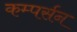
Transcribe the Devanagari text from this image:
कम्पर्सन